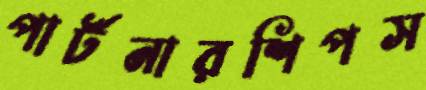
পার্টনারশিপস